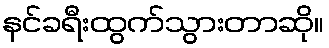
နင်ခရီးထွက်သွားတာဆို။